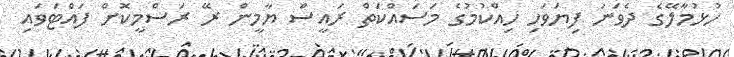
ހުޅުމާލޭގެ ދެވަނަ ފިޔަވަހި ހިއްކުމުގެ މަސައްކަތް ރައީސް ޔާމީން ރޭ ރަސްމީކޮށް ފައްޓަވައި